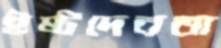
ইষ্টদেবতা